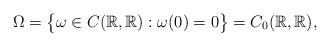
LaTeX: \begin{align*}\Omega =\big\{\omega \in {C}(\mathbb{R},\mathbb{R}):\omega (0)=0\big\}=C_0(\mathbb{R} ,\mathbb{R}),\end{align*}